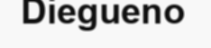
Diegueno